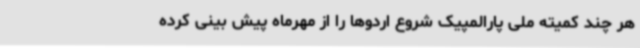
هر چند کمیته ملی پارالمپیک شروع اردوها را از مهرماه پیش بینی کرده